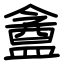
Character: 盦